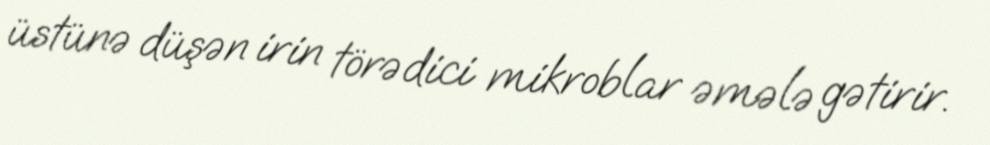
üstünə düşən irin törədici mikroblar əmələ gətirir.